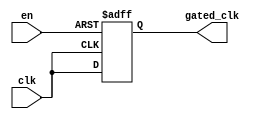
module ClockGatingBuffer (
    input wire clk,        // Primary clock input
    input wire en,         // Enable signal
    output reg gated_clk   // Gated clock output
);

    // Internal signal to hold the gated clock state
    reg clk_gated;

    always @(posedge clk or negedge en) begin
        if (!en) begin
            // When enable is low, hold the gated clock low
            gated_clk <= 1'b0;
        end else begin
            // When enable is high, pass the clock through
            gated_clk <= clk;
        end
    end

endmodule